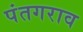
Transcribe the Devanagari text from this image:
पंतगराव